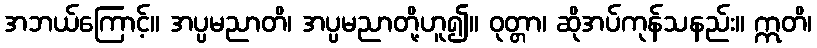
အဘယ်ကြောင့်။ အပ္ပမညာတိ၊ အပ္ပမညာတို့ဟူ၍။ ဝုတ္တာ၊ ဆိုအပ်ကုန်သနည်း။ ဣတိ၊